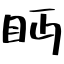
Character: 眄